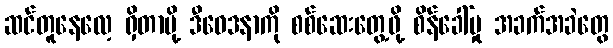
ဆင်တူနေလေ့ ရှိတာမို့ ဒီဝေဒနာကို စစ်ဆေးတွေ့ဖို့ စိန်ခေါ်မှု အခက်အခဲတွေ